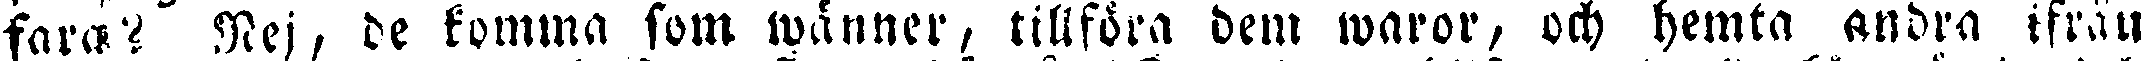
fara? Nej, de komma som wänner, tillföra dem waror, och hemta andra ifrån